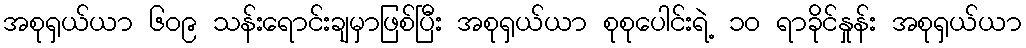
အစုရှယ်ယာ ၆၀၉ သန်းရောင်းချမှာဖြစ်ပြီး အစုရှယ်ယာ စုစုပေါင်းရဲ့ ၁၀ ရာခိုင်နှုန်း အစုရှယ်ယာ